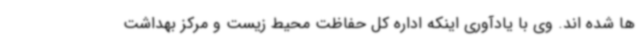
ها شده اند. وی با یادآوری اینکه اداره کل حفاظت محیط زیست و مرکز بهداشت